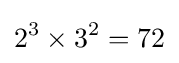
2^{3}\times 3^{2}=72